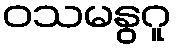
ဝသမနွဂူ